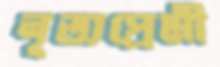
নৃত্যপ্রেমী